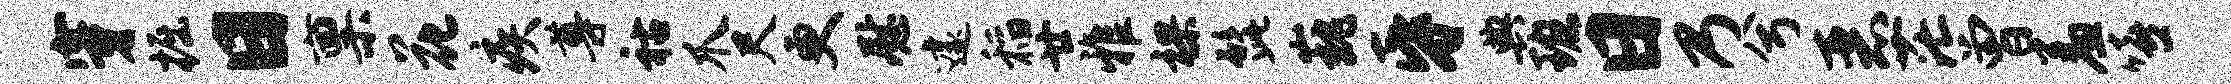
穿掘日禀花疾尊祜爪尺更慰遽稻廿雅裸髭巍昏典班日乃兮恶茫曾羞嘻